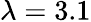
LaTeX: \lambda=3.1